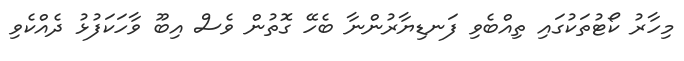
މިހާރު ކޯޓުތަކުގައި ތިއްބެވި ފަނޑިޔާރުންނާ ބެހޭ ގޮތުން ވެސް އިބޫ ވާހަކަފުޅު ދެއްކެވި